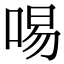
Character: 𠴭